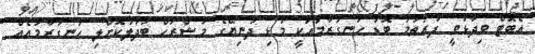
އެބޮޓް ވިދާޅުވީ ފުރަތަމަ ބޮޑު ހަނގުރާމައަކީ މުޅި ދުނިޔޭގެ މަޝްރަހް ބަދަލުކޮށްލި ހަނގުރާމައެއް